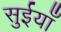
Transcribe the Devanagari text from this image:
सुईयाँ